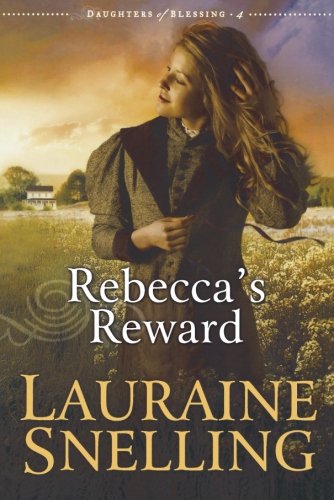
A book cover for Rebecca's Reward (Daughters of Blessing #4); Lauraine Snelling; Romance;